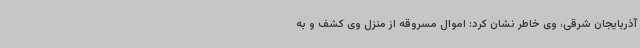
آذربایجان شرقی، وی خاطر نشان کرد: اموال مسروقه از منزل وی کشف و به